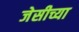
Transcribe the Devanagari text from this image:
जेसीच्या